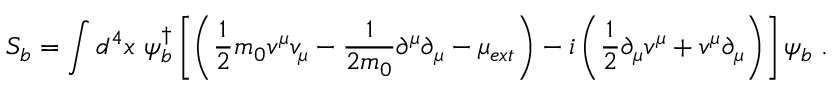
S _ { b } = \int d ^ { 4 } x ~ \psi _ { b } ^ { \dagger } \left[ \left( \frac { 1 } { 2 } m _ { 0 } v ^ { \mu } v _ { \mu } - \frac { 1 } { 2 m _ { 0 } } \partial ^ { \mu } \partial _ { \mu } - \mu _ { e x t } \right) - i \left( \frac { 1 } { 2 } \partial _ { \mu } v ^ { \mu } + v ^ { \mu } \partial _ { \mu } \right) \right] \psi _ { b } \; .